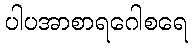
ပါပအာစာရဂေါစရေ